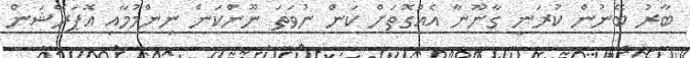
ބާރު ބޭނުން ކުރަނީ ގާނޫނާ އެއްގޮތަށް ކަން ނުވަތަ ނޫންކަން ނިންމުމާއި އޮޕަރޭޝަން